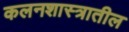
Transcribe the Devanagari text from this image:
कलनशास्त्रातील